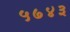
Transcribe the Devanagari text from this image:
५७४३